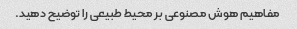
مفاهیم هوش مصنوعی بر محیط طبیعی را توضیح دهید.